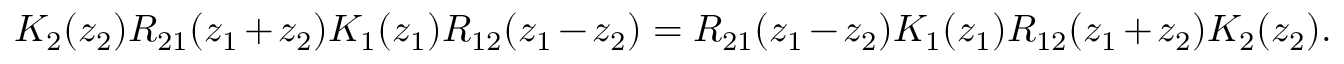
K _ { 2 } ( z _ { 2 } ) R _ { 2 1 } ( z _ { 1 } + z _ { 2 } ) K _ { 1 } ( z _ { 1 } ) R _ { 1 2 } ( z _ { 1 } - z _ { 2 } ) = R _ { 2 1 } ( z _ { 1 } - z _ { 2 } ) K _ { 1 } ( z _ { 1 } ) R _ { 1 2 } ( z _ { 1 } + z _ { 2 } ) K _ { 2 } ( z _ { 2 } ) .